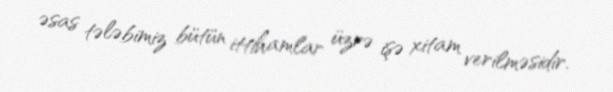
əsas tələbimiz bütün ittihamlar üzrə işə xitam verilməsidir.